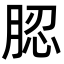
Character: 䏰